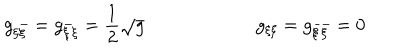
LaTeX: g _ { \xi \bar { \xi } } = g _ { \bar { \xi } \xi } = { \frac { 1 } { 2 } } \sqrt { g } \qquad \qquad \qquad g _ { \xi \xi } = g _ { \bar { \xi } \bar { \xi } } = 0